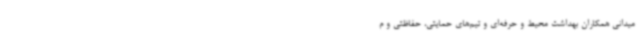
میدانی همکاران بهداشت محیط و حرفه‌ای و تیم‌های حمایتی، حفاظتی و م